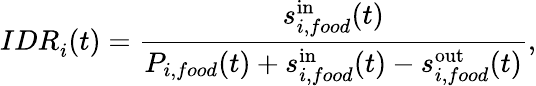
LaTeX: IDR_{i}^{}(t)=\frac{s_{i,food}^{\mathrm{in}}(t)}{P_{i,food}(t)+s_{i,food}^{\mathrm{in}}(t)-s_{i,food}^{\mathrm{out}}(t)},